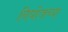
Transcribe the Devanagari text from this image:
निघोजच्या